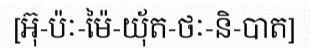
[អ៊ុ-ប៉ៈ-ម៉ៃ-យ៉័ត-ថៈ-និ-បាត]